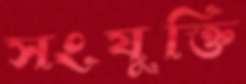
সংযুক্তি